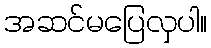
အဆင်မပြေလှပါ။